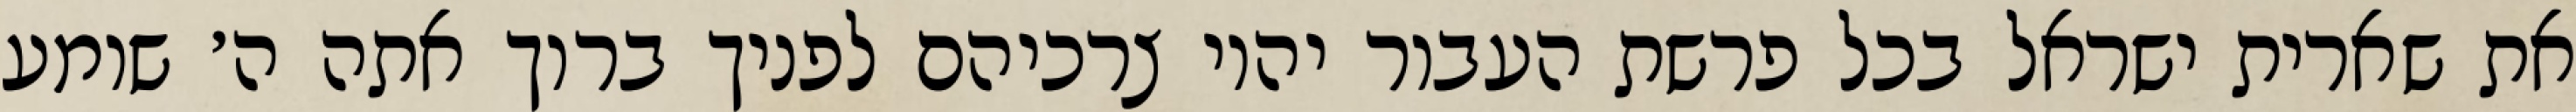
את שארית ישראל בכל פרשת העבור יהיו צרכיהם לפניך ברוך אתה ה׳ שומע